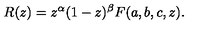
R ( z ) = z ^ { \alpha } ( 1 - z ) ^ { \beta } F ( a , b , c , z ) .